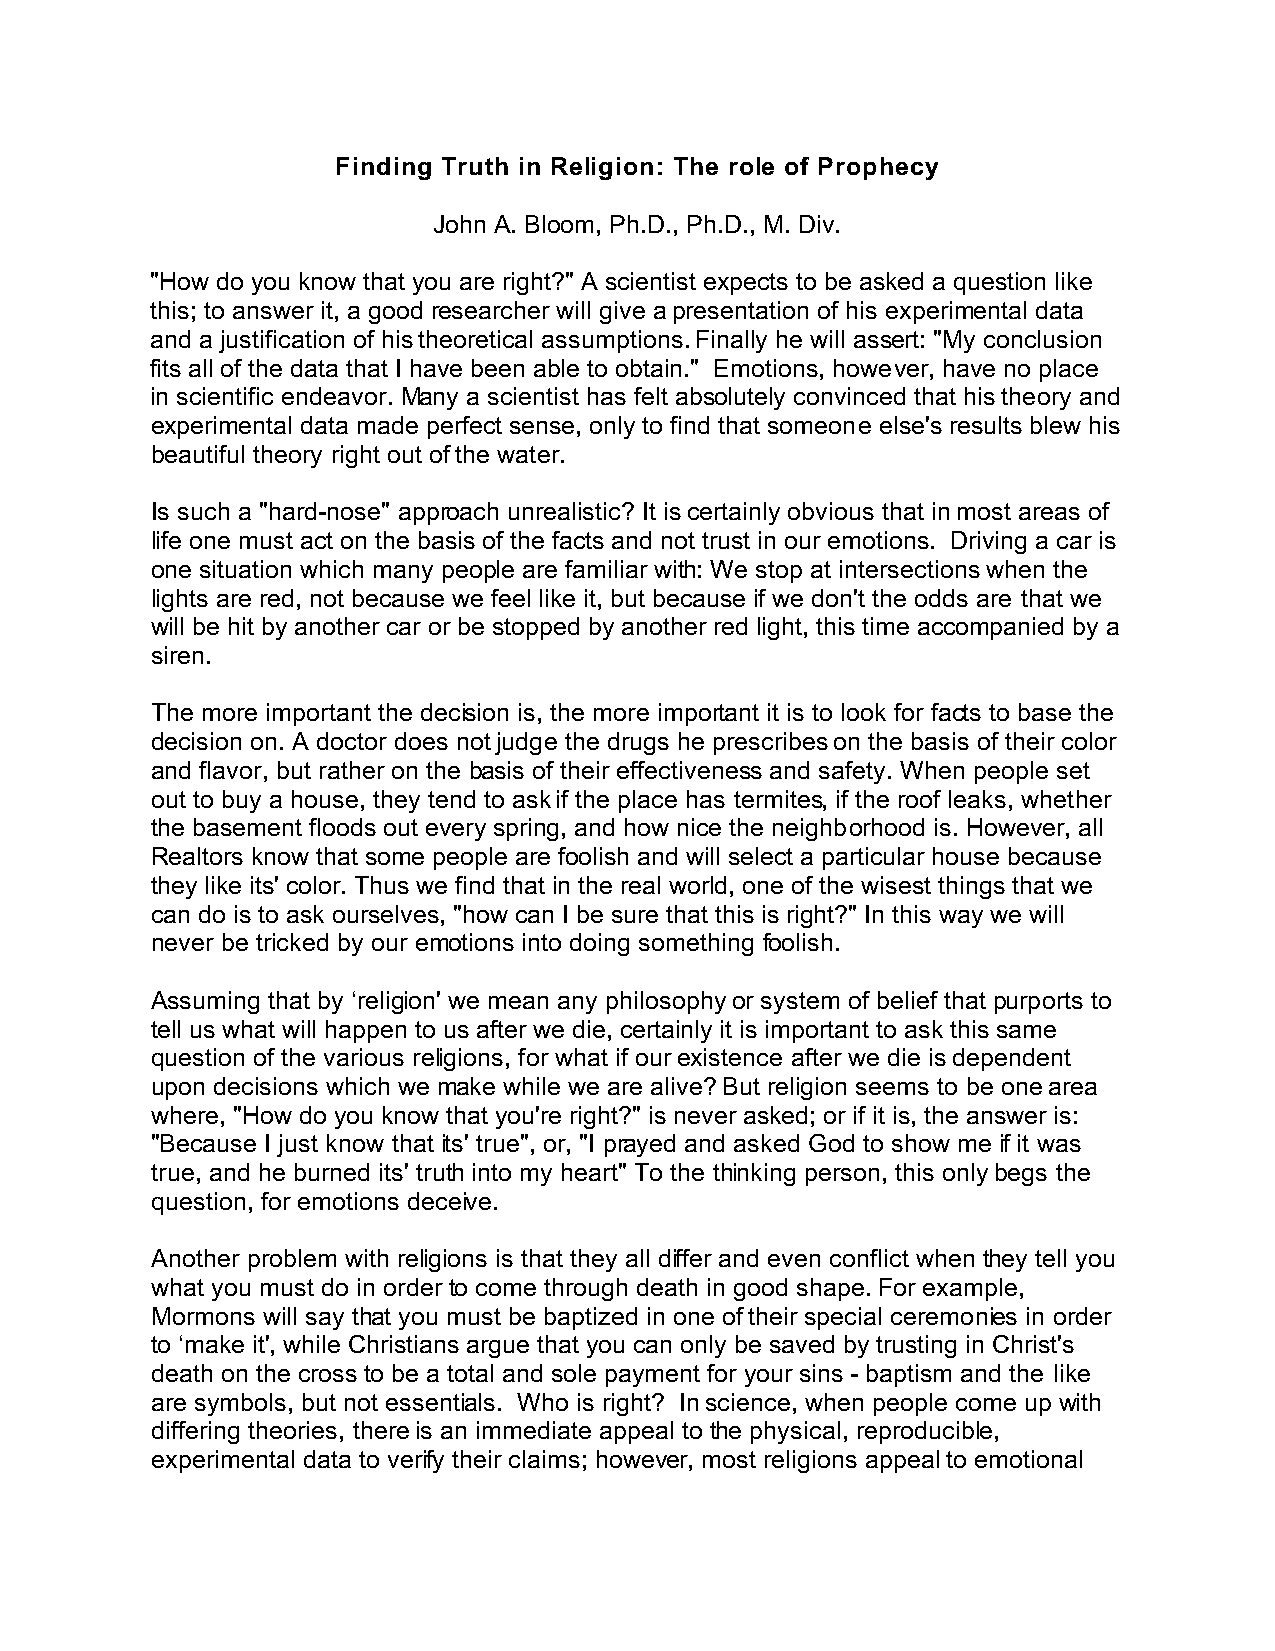
Finding Truth in Religion: The role of Prophecy
 John A. Bloom, Ph.D., Ph.D., M. Div.
 "How do you know that you are right?" A scientist expects to be asked a question like
 this; to answer it, a good researcher will give a presentation of his experimental data
 and a justification of his theoretical assumptions. Finally he will assert: "My conclusion
 fits all of the data that I have been able to obtain." Emotions, however, have no place
 in scientific endeavor. Many a scientist has felt absolutely convinced that his theory and
 experimental data made perfect sense, only to find that someone else's results blew his
 beautiful theory right out of the water.
 Is such a "hard-nose" approach unrealistic? It is certainly obvious that in most areas of
 life one must act on the basis of the facts and not trust in our emotions. Driving a car is
 one situation which many people are familiar with: We stop at intersections when the
 lights are red, not because we feel like it, but because if we don't the odds are that we
 will be hit by another car or be stopped by another red light, this time accompanied by a
 siren.
 The more important the decision is, the more important it is to look for facts to base the
 decision on. A doctor does not judge the drugs he prescribes on the basis of their color
 and flavor, but rather on the basis of their effectiveness and safety. When people set
 out to buy a house, they tend to ask if the place has termites, if the roof leaks, whether
 the basement floods out every spring, and how nice the neighborhood is. However, all
 Realtors know that some people are foolish and will select a particular house because
 they like its' color. Thus we find that in the real world, one of the wisest things that we
 can do is to ask ourselves, "how can I be sure that this is right?" In this way we will
 never be tricked by our emotions into doing something foolish.
 Assuming that by ‘religion' we mean any philosophy or system of belief that purports to
 tell us what will happen to us after we die, certainly it is important to ask this same
 question of the various religions, for what if our existence after we die is dependent
 upon decisions which we make while we are alive? But religion seems to be one area
 where, "How do you know that you're right?" is never asked; or if it is, the answer is:
 "Because I just know that its' true", or, "I prayed and asked God to show me if it was
 true, and he burned its' truth into my heart" To the thinking person, this only begs the
 question, for emotions deceive.
 Another problem with religions is that they all differ and even conflict when they tell you
 what you must do in order to come through death in good shape. For example,
 Mormons will say that you must be baptized in one of their special ceremonies in order
 to ‘make it', while Christians argue that you can only be saved by trusting in Christ's
 death on the cross to be a total and sole payment for your sins - baptism and the like
 are symbols, but not essentials. Who is right? In science, when people come up with
 differing theories, there is an immediate appeal to the physical, reproducible,
 experimental data to verify their claims; however, most religions appeal to emotional